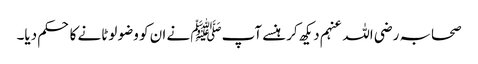
صحابہ رضی اللہ عنہم دیکھ کر ہنسے آپﷺ نے ان کو وضو لوٹانے کا حکم دیا۔